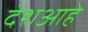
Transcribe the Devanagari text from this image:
देशआहे